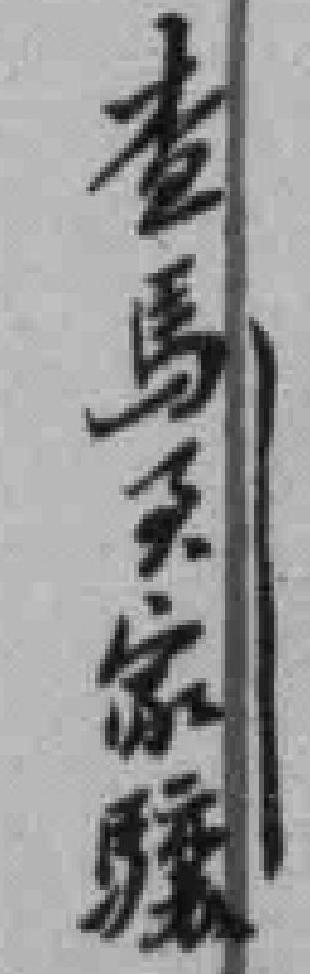
查馬家驤